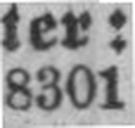
8301